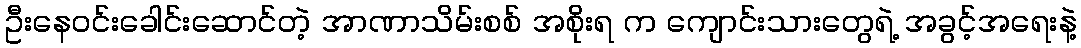
ဦးနေဝင်းခေါင်းဆောင်တဲ့ အာဏာသိမ်းစစ် အစိုးရ က ကျောင်းသားတွေရဲ့ အခွင့်အရေးနဲ့